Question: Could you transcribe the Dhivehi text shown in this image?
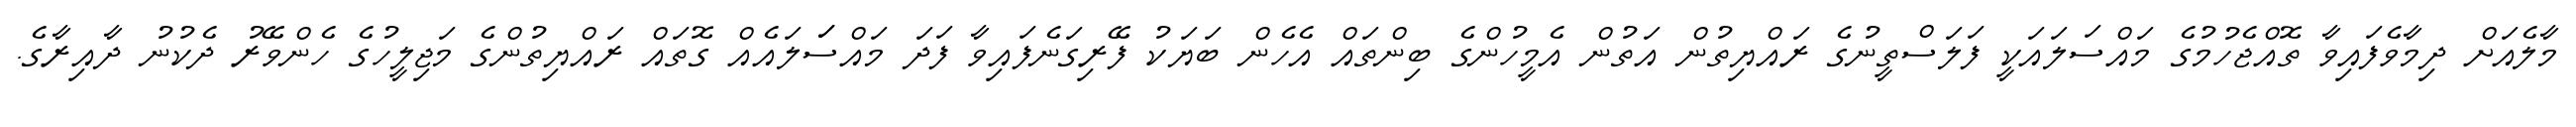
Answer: މާލެއަށް ދިމާވެފައިވާ ތޮއްޖެހުމުގެ މައްސަލައަކީ ފަލަސްތީނުގެ ރައްޔިތުން އަތުން އެމީހުންގެ ބިންތައް އެހެން ބަޔަކު ފޭރިގަނެފައިވާ ފަދަ މައްސަަލައެއް ގޮތައް ރައްޔިތުންގެ މަޖިލީހުގެ ހެންވޭރު ދެކުނު ދާއިރާގެ.